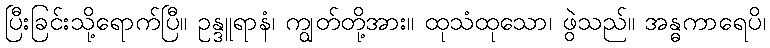
ပြီးခြင်းသို့ရောက်ပြီ။ ဥန္ဒူရာနံ၊ ကျွတ်တို့အား။ ထုသံထုသော၊ ဖွဲသည်။ အန္ဓကာရေပိ၊